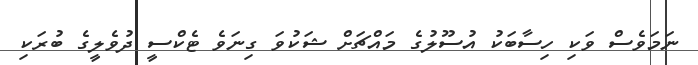
ނަމަވެސް ވަކި ހިސާބަކު އުސޫލުގެ މައްޗަށް ޝަކުވަ ގިނަވެ ޓެކްސީ ދުވެލީގެ ބުރަކި